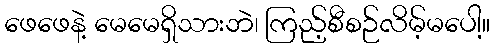
ဖေဖေနဲ့ မေမေရှိသားဘဲ၊ ကြည့်စီစဉ်လိမ့်မပေါ့။